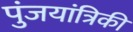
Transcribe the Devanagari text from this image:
पुंजयांत्रिकी